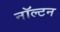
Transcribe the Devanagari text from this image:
नॉल्टन